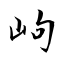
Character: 岣